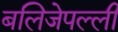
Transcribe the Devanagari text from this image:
बलिजेपल्ली